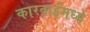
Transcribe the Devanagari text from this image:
कारवाईमध्ये